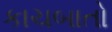
કાચબાતો